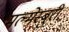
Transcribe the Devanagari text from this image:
मल्मेस्बुरी